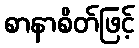
စာနာစိတ်ဖြင့်